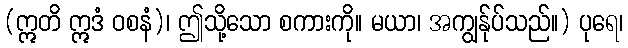
(ဣတိ ဣဒံ ဝစနံ)၊ ဤသို့သော စကားကို။ မယာ၊ အကျွန်ုပ်သည်။) ပုရေ၊